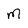
Character: m